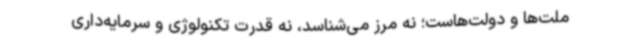
ملت‌ها و دولت‌هاست؛ نه مرز می‌شناسد، نه قدرت تکنولوژی و سرمایه‌داری